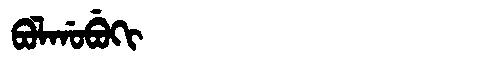
Manchu: ᠪᠣᠯᡤᠣᠪᡠᡴᡳ
Romanization: BOLGOBUKI